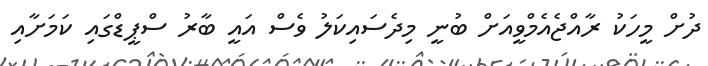
ދުށް މީހަކު ރާއްޖެއެމްވީއަށް ބުނީ މިދެސައިކަލު ވެސް އައީ ބާރު ސްޕީޑްގައި ކަމަށާއި